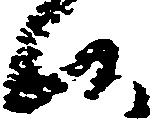
候